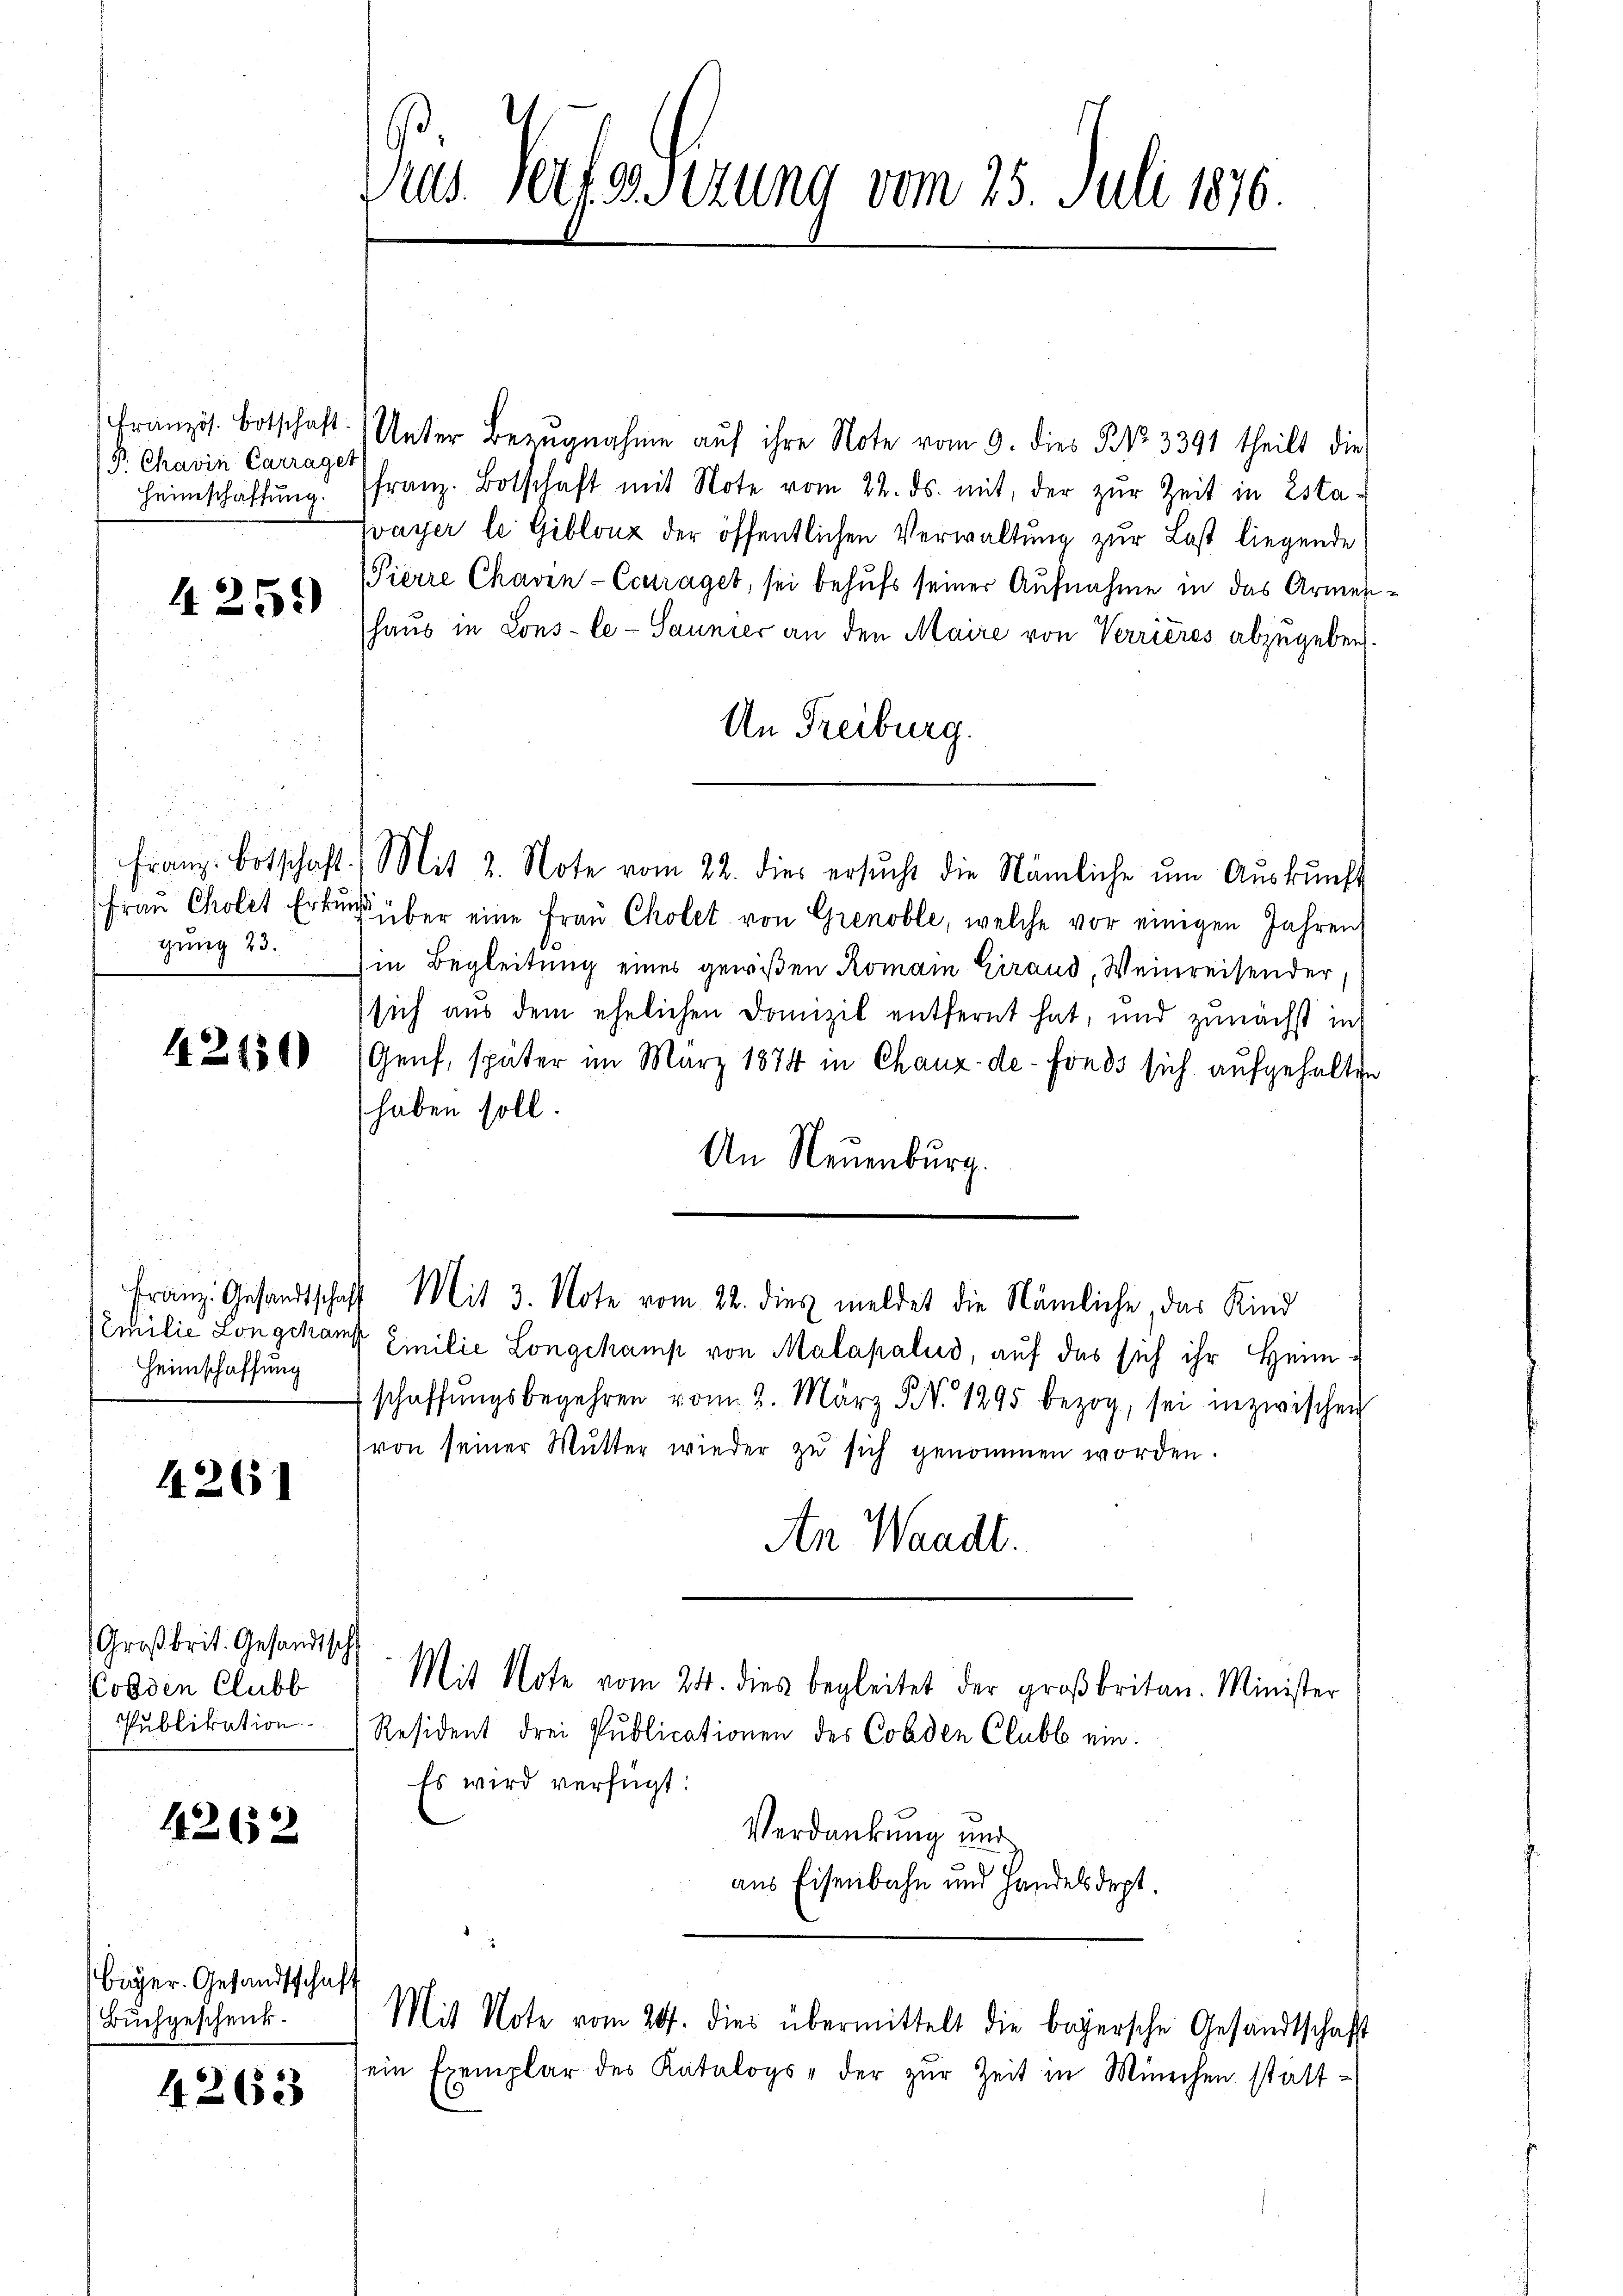
P. Chavin Carraget

4259)

gung 23.
d

42150

Heimschaffung

4261

Großbrit. Gesandisch
Colden Clubb
Publikation

42652

biger. Gesandtschaft
Buchgeschenk.

4263

Vies Verfasserung vom 25. Juli 1870.

französ. Botschaft. Unter Bezugnahme auf ihre Note vom 9. dies P. Nr. 3391 theilt die
Heimschaffŭng franz. Botschaft mit Note vom 22. ds. mit, der zŭr Zeit in Esta-
vayer le Giblouz der öffentlichen Verwaltung zur Last liegende
Pierre Chaven-Couraget, sei behufs seiner Aufnahme in das Armenhaus in Lons- le - Saunier an den Maire von Verrieres abzugeben.
An Freiburg.
franz Botschaft. Mit 2. Note vom 22. dies ersŭcht die Nämliche ŭm Aŭskŭnft
Frau Cholet Erkungeber eine Frau Cholet von Grenoble, welche vor einigen Jahren
hin Begleitung eines gewißen Romain Giraud, Weinreisender
sich aus dem ehelichen Domizil entfernt hat, und zunächst in
Genf, später im März 1874 in Chauz-de-Fonds sich aufgehalten
haben soll.
An Neuenburg.
Franz. Gesandtschaft Mit 3. Note vom 22. dies meldet die Nämliche, das Kind
Emilie Longchamt Emilie Longckamp von Malapalud, auf das sich ihr Heim-
schaffŭngsbegehren vom 2. März d. 1295 bezog, sei inzwischen
von seiner Mutter wieder zu sich genommen worden.
An Waadt.
Mit Note vom 24. dies begleitet der großbritan. Minister
Resident drei Publicationen des Colden Clubb ein.
Es wird verfügt:
Verdankung und
aus Eisenbahn und Handelsdept.

sein Exemplar des Katalogs der zŭr Zeit in München statt¬

Mit Note vom 24. dies übermittelt die begersche Gesandtschaft